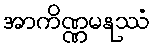
အာကိဏ္ဏမနုဿံ